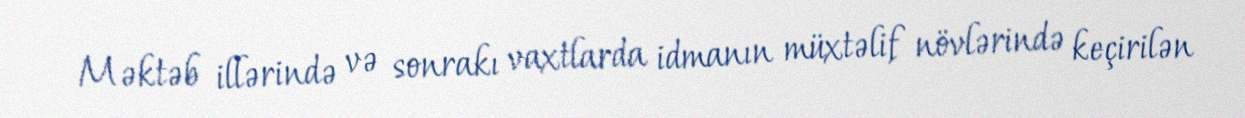
Məktəb illərində və sonrakı vaxtlarda idmanın müxtəlif növlərində keçirilən